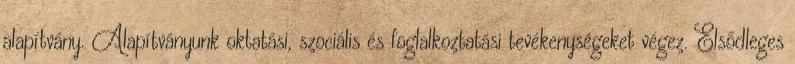
alapítvány. Alapítványunk oktatási, szociális és foglalkoztatási tevékenységeket végez. Elsődleges